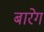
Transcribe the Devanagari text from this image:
बारेग